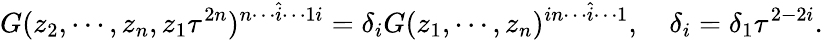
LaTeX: G(z_{2},\cdots,z_{n},z_{1}\tau^{2n})^{n\cdots\hat{i}\cdots 1i}=\delta_{i}G(z_{1},\cdots,z_{n})^{in\cdots\hat{i}\cdots 1},~~~~\delta_{i}=\delta_{1}\tau^{2-2i}.